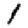
Digit: 1